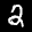
Digit: 2